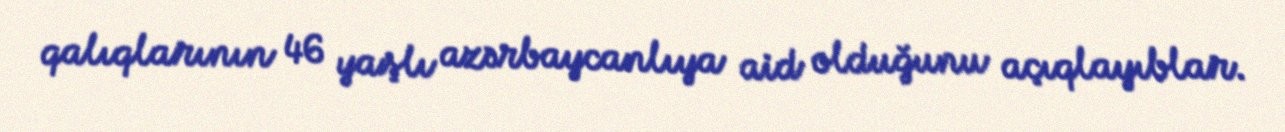
qalıqlarının 46 yaşlı azərbaycanlıya aid olduğunu açıqlayıblar.